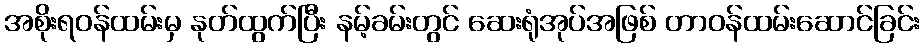
အစိုးရဝန်ထမ်းမှ နုတ်ထွက်ပြီး နမ့်ခမ်းတွင် ဆေးရုံအုပ်အဖြစ် တာဝန်ထမ်းဆောင်ခြင်း